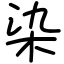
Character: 染